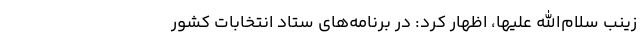
زینب سلام‌الله علیها، اظهار کرد: در برنامه‌های ستاد انتخابات کشور